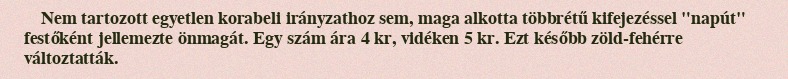
Nem tartozott egyetlen korabeli irányzathoz sem, maga alkotta többrétű kifejezéssel "napút" festőként jellemezte önmagát. Egy szám ára 4 kr, vidéken 5 kr. Ezt később zöld-fehérre változtatták.